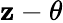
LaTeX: \mathbf{z}-\theta